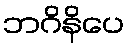
ဘဂိနိပေ